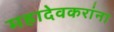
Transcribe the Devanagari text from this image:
महादेवकरांना